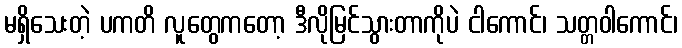
မရှိသေးတဲ့ ပကတိ လူတွေကတော့ ဒီလိုမြင်သွားတာကိုပဲ ငါကောင်၊ သတ္တဝါကောင်၊